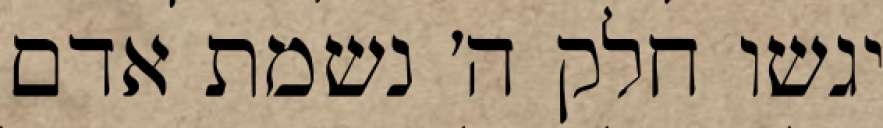
יגשו חלק ה׳ נשמת אדם